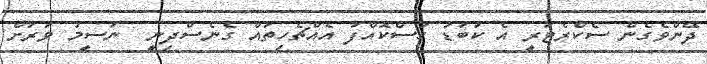
ދޭންވެގެން ސެކްރެޓަރީ އެ ކަބަޑު ހުސްކޮއްފަ އެއްޗެހިތައް ގެނެސްދިނީ  ނަސީމު ވަރަށް